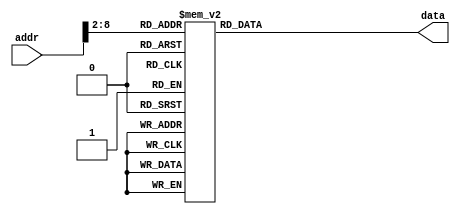

module ROM (addr,data);
input [31:0] addr;
output reg [31:0] data;
//localparam ROM_SIZE = 32;
//reg [31:0] ROM_DATA[ROM_SIZE-1:0];

always@(*)
	case(addr[8:2])	//Address Must Be Word Aligned.
        0:      data <= 32'h08000003;    //0x0   j Main
        1:      data <= 32'h0800002c;    //0x4   j Interrupt
        2:      data <= 32'h08000076;    //0x8   j Exception
        3:      data <= 32'h3c164000;    //0xc   lui $s6,16384
        4:      data <= 32'h3c08ffff;    //0x10  lui $t0,65535
        5:      data <= 32'h2108fc17;    //0x14  addi $t0,$t0,64535
        6:      data <= 32'haec80000;    //0x18  sw $t0,0($s6)
        7:      data <= 32'haec80004;    //0x1c  sw $t0,4($s6)
        8:      data <= 32'h20080003;    //0x20  addi $t0,$zero,3
        9:      data <= 32'haec80008;    //0x24  sw $t0,8($s6)
        10:     data <= 32'h20100040;    //0x28  addi $s0,$zero,64
        11:     data <= 32'hac100028;    //0x2c  sw $s0,40($zero)
        12:     data <= 32'h20100079;    //0x30  addi $s0,$zero,121
        13:     data <= 32'hac10002c;    //0x34  sw $s0,44($zero)
        14:     data <= 32'h20100024;    //0x38  addi $s0,$zero,36
        15:     data <= 32'hac100030;    //0x3c  sw $s0,48($zero)
        16:     data <= 32'h20100030;    //0x40  addi $s0,$zero,48
        17:     data <= 32'hac100034;    //0x44  sw $s0,52($zero)
        18:     data <= 32'h20100019;    //0x48  addi $s0,$zero,25
        19:     data <= 32'hac100038;    //0x4c  sw $s0,56($zero)
        20:     data <= 32'h20100012;    //0x50  addi $s0,$zero,18
        21:     data <= 32'hac10003c;    //0x54  sw $s0,60($zero)
        22:     data <= 32'h20100002;    //0x58  addi $s0,$zero,2
        23:     data <= 32'hac100040;    //0x5c  sw $s0,64($zero)
        24:     data <= 32'h20100078;    //0x60  addi $s0,$zero,120
        25:     data <= 32'hac100044;    //0x64  sw $s0,68($zero)
        26:     data <= 32'h20100000;    //0x68  addi $s0,$zero,0
        27:     data <= 32'hac100048;    //0x6c  sw $s0,72($zero)
        28:     data <= 32'h20100010;    //0x70  addi $s0,$zero,16
        29:     data <= 32'hac10004c;    //0x74  sw $s0,76($zero)
        30:     data <= 32'h20100008;    //0x78  addi $s0,$zero,8
        31:     data <= 32'hac100050;    //0x7c  sw $s0,80($zero)
        32:     data <= 32'h20100003;    //0x80  addi $s0,$zero,3
        33:     data <= 32'hac100054;    //0x84  sw $s0,84($zero)
        34:     data <= 32'h20100046;    //0x88  addi $s0,$zero,70
        35:     data <= 32'hac100058;    //0x8c  sw $s0,88($zero)
        36:     data <= 32'h20100021;    //0x90  addi $s0,$zero,33
        37:     data <= 32'hac10005c;    //0x94  sw $s0,92($zero)
        38:     data <= 32'h20100006;    //0x98  addi $s0,$zero,6
        39:     data <= 32'hac100060;    //0x9c  sw $s0,96($zero)
        40:     data <= 32'h2010000e;    //0xa0  addi $s0,$zero,14
        41:     data <= 32'hac100064;    //0xa4  sw $s0,100($zero)
        42:     data <= 32'h20030001;    //0xa8  addi $v1,$zero,1
        43:     data <= 32'h08000077;    //0xac  j End
        44:     data <= 32'h20080003;    //0xb0  addi $t0,$zero,3
        45:     data <= 32'haec80008;    //0xb4  sw $t0,8($s6)
        46:     data <= 32'h00035842;    //0xb8  srl $t3,$v1,1
        47:     data <= 32'h11600006;    //0xbc  beq $t3,$zero,A
        48:     data <= 32'h000b5842;    //0xc0  srl $t3,$t3,1
        49:     data <= 32'h1160000d;    //0xc4  beq $t3,$zero,B
        50:     data <= 32'h000b5842;    //0xc8  srl $t3,$t3,1
        51:     data <= 32'h11600014;    //0xcc  beq $t3,$zero,C
        52:     data <= 32'h000b5842;    //0xd0  srl $t3,$t3,1
        53:     data <= 32'h1160001b;    //0xd4  beq $t3,$zero,D
        54:     data <= 32'h8ecc0018;    //0xd8  lw $t4,24($s6)
        55:     data <= 32'h318c000f;    //0xdc  andi $t4,$t4,15
        56:     data <= 32'h000c6080;    //0xe0  sll $t4,$t4,2
        57:     data <= 32'h8d8c0028;    //0xe4  lw $t4,40($t4)
        58:     data <= 32'h00036a00;    //0xe8  sll $t5,$v1,8
        59:     data <= 32'h01ac6020;    //0xec  add $t4,$t5,$t4
        60:     data <= 32'haecc0014;    //0xf0  sw $t4,20($s6)
        61:     data <= 32'h20030002;    //0xf4  addi $v1,$zero,2
        62:     data <= 32'h0800005a;    //0xf8  j cycle
        63:     data <= 32'h8ecc0018;    //0xfc  lw $t4,24($s6)
        64:     data <= 32'h318c00f0;    //0x100 andi $t4,$t4,240
        65:     data <= 32'h000c6082;    //0x104 srl $t4,$t4,2
        66:     data <= 32'h8d8c0028;    //0x108 lw $t4,40($t4)
        67:     data <= 32'h00036a00;    //0x10c sll $t5,$v1,8
        68:     data <= 32'h01ac6020;    //0x110 add $t4,$t5,$t4
        69:     data <= 32'haecc0014;    //0x114 sw $t4,20($s6)
        70:     data <= 32'h20030004;    //0x118 addi $v1,$zero,4
        71:     data <= 32'h0800005a;    //0x11c j cycle
        72:     data <= 32'h8ecc001c;    //0x120 lw $t4,28($s6)
        73:     data <= 32'h318c000f;    //0x124 andi $t4,$t4,15
        74:     data <= 32'h000c6080;    //0x128 sll $t4,$t4,2
        75:     data <= 32'h8d8c0028;    //0x12c lw $t4,40($t4)
        76:     data <= 32'h00036a00;    //0x130 sll $t5,$v1,8
        77:     data <= 32'h01ac6020;    //0x134 add $t4,$t5,$t4
        78:     data <= 32'haecc0014;    //0x138 sw $t4,20($s6)
        79:     data <= 32'h20030008;    //0x13c addi $v1,$zero,8
        80:     data <= 32'h0800005a;    //0x140 j cycle
        81:     data <= 32'h8ecc001c;    //0x144 lw $t4,28($s6)
        82:     data <= 32'h318c00f0;    //0x148 andi $t4,$t4,240
        83:     data <= 32'h000c6082;    //0x14c srl $t4,$t4,2
        84:     data <= 32'h8d8c0028;    //0x150 lw $t4,40($t4)
        85:     data <= 32'h00036a00;    //0x154 sll $t5,$v1,8
        86:     data <= 32'h01ac6020;    //0x158 add $t4,$t5,$t4
        87:     data <= 32'haecc0014;    //0x15c sw $t4,20($s6)
        88:     data <= 32'h20030001;    //0x160 addi $v1,$zero,1
        89:     data <= 32'h0800005a;    //0x164 j cycle
        90:     data <= 32'h8ec80024;    //0x168 lw $t0,36($s6)
        91:     data <= 32'h000847c0;    //0x16c sll $t0,$t0,31
        92:     data <= 32'h000847c2;    //0x170 srl $t0,$t0,31
        93:     data <= 32'h11000017;    //0x174 beq $t0,$zero,InEnd
        94:     data <= 32'h00004020;    //0x178 add $t0,$zero,$zero
        95:     data <= 32'haec80024;    //0x17c sw $t0,36($s6)
        96:     data <= 32'h8ec90018;    //0x180 lw $t1,24($s6)
        97:     data <= 32'h8eca001c;    //0x184 lw $t2,28($s6)
        98:     data <= 32'h11200008;    //0x188 beq $t1,$zero,end1
        99:     data <= 32'h11400007;    //0x18c beq $t2,$zero,end1
        100:    data <= 32'h112a0007;    //0x190 beq $t1,$t2,end2
        101:    data <= 32'h0149402a;    //0x194 slt $t0,$t2,$t1
        102:    data <= 32'h11000002;    //0x198 beq $t0,$zero,loop2
        103:    data <= 32'h012a4822;    //0x19c sub $t1,$t1,$t2
        104:    data <= 32'h08000064;    //0x1a0 j loop1
        105:    data <= 32'h01495022;    //0x1a4 sub $t2,$t2,$t1
        106:    data <= 32'h08000064;    //0x1a8 j loop1
        107:    data <= 32'h00005020;    //0x1ac add $t2,$zero,$zero
        108:    data <= 32'h01401020;    //0x1b0 add $v0,$t2,$zero
        109:    data <= 32'haec20020;    //0x1b4 sw $v0,32($s6)
        110:    data <= 32'haec2000c;    //0x1b8 sw $v0,12($s6)
        111:    data <= 32'h8ec80024;    //0x1bc lw $t0,36($s6)
        112:    data <= 32'h00084082;    //0x1c0 srl $t0,$t0,2
        113:    data <= 32'h15000003;    //0x1c4 bne $t0,$zero,InEnd
        114:    data <= 32'h200a0002;    //0x1c8 addi $t2,$zero,2
        115:    data <= 32'haeca0024;    //0x1cc sw $t2,36($s6)
        116:    data <= 32'h00000000;    //0x1d0 sll $zero,$zero,0
        117:    data <= 32'h03400008;    //0x1d4 jr $k0
        118:    data <= 32'h03400008;    //0x1d8 jr $k0
        119:    data <= 32'h08000077;    //0x1dc j End
      default:  data <= 32'h08000000;
    endcase
endmodule